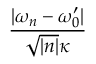
\frac { \lvert \omega _ { n } - \omega _ { 0 } ^ { \prime } \rvert } { \sqrt { \lvert n \rvert } \kappa }